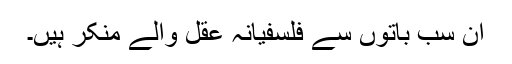
ان سب باتوں سے فلسفیانہ عقل والے منکر ہیں۔